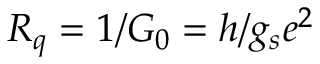
R _ { q } = 1 / G _ { 0 } = h / g _ { s } e ^ { 2 }